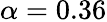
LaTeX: \alpha=0.36